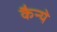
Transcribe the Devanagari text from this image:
कैन्ये